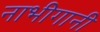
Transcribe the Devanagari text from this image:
नाभीगानी